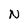
Character: N